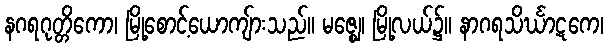
နဂရဂုတ္တိကော၊ မြို့စောင့်ယောကျ်ားသည်။ မဇ္ဈေ၊ မြို့လယ်၌။ နာဂရသိင်္ဃာဋကေ၊